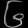
Digit: ၆